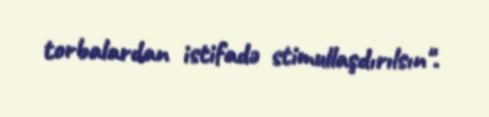
torbalardan istifadə stimullaşdırılsın".